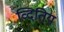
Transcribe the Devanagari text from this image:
व्दितिय